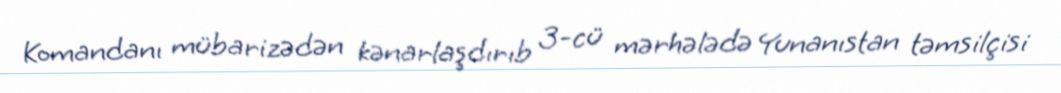
Komandanı mübarizədən kənarlaşdırıb 3-cü mərhələdə Yunanıstan təmsilçisi